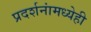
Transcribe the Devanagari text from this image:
प्रदर्शनांमध्येही